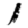
Digit: 1